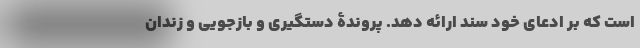
است که بر ادعای خود سند ارائه دهد. پروندۀ دستگیری و بازجویی و زندان